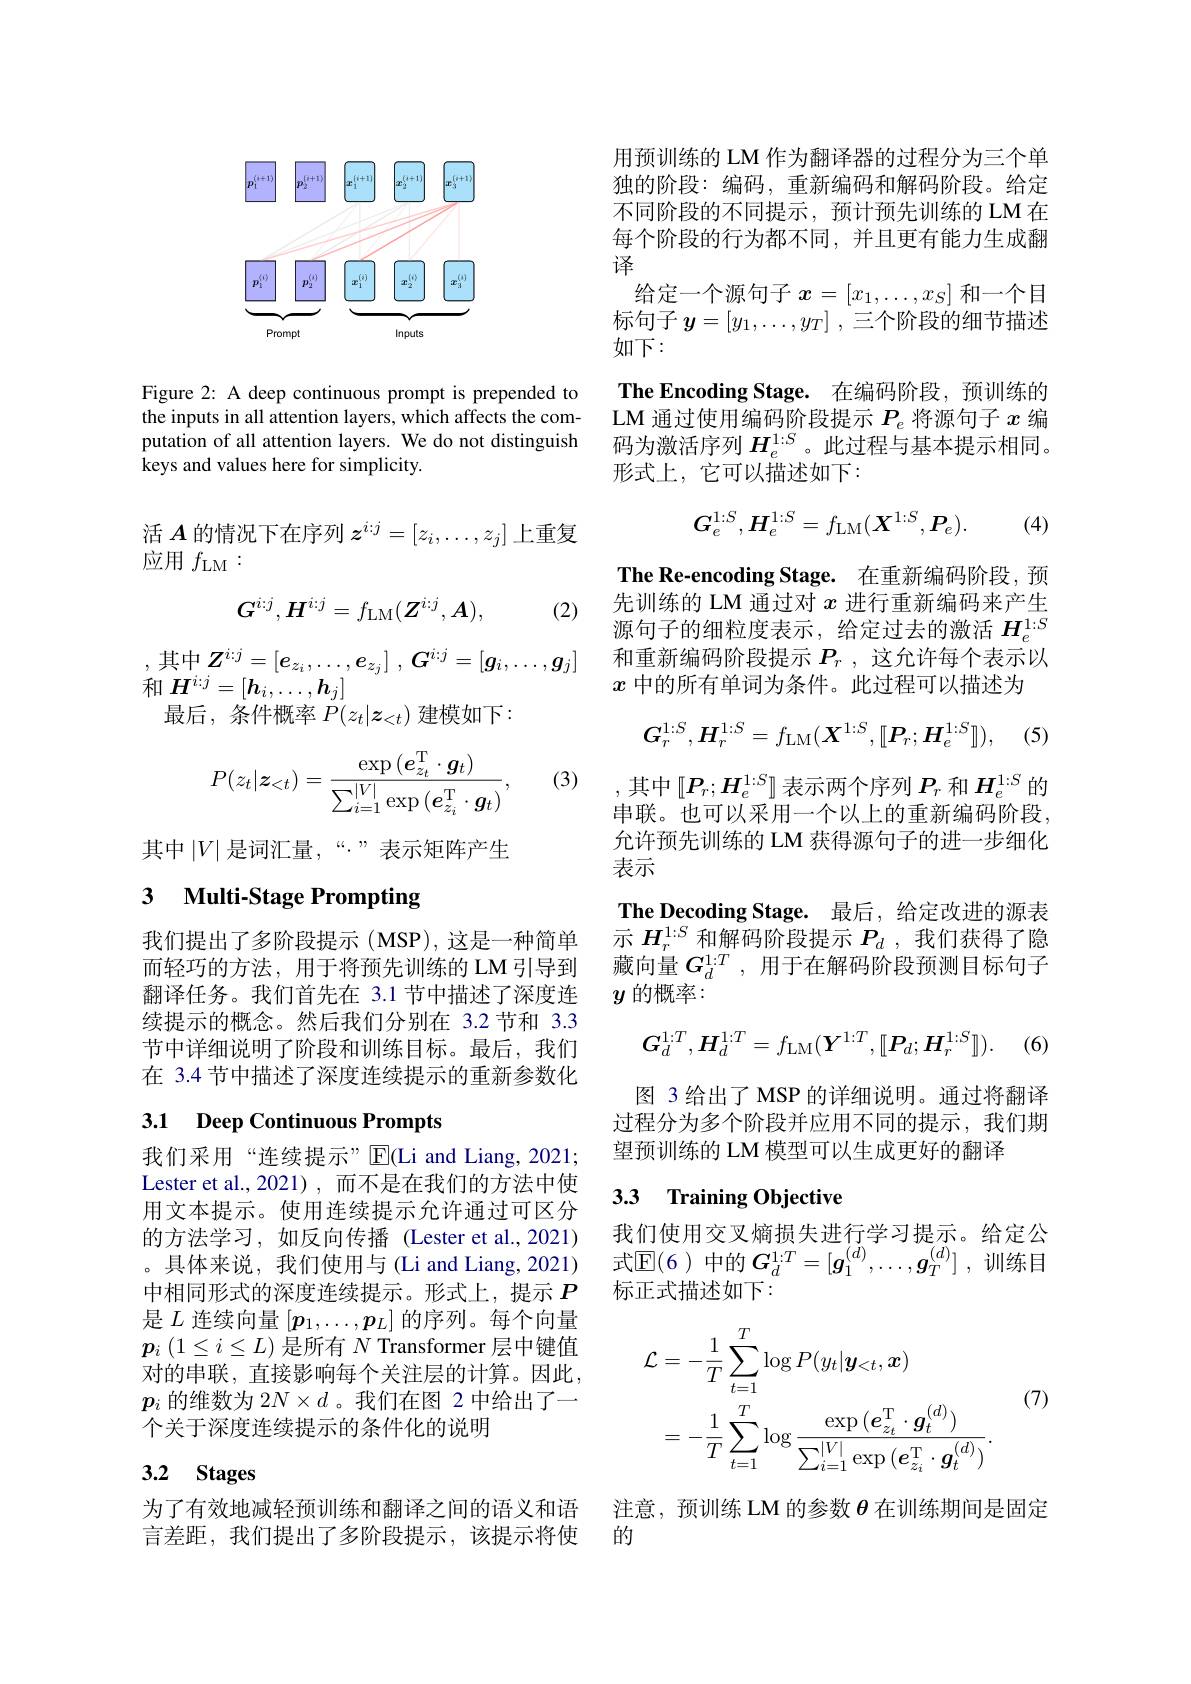
<FigureHere>

Figure 2: A deep continuous prompt is prepended to the inputs in all attention layers, which affects the computation of all attention layers. We do not distinguish keys and values here for simplicity.

活$A$的情况下在序列$z^i:j=[z_i,\ldots,z_j]$上重复
应用$f_\mathrm{LM}:$
$$G^{i:j},H^{i:j}=f_{\mathrm{LM}}(Z^{i:j},A),$$
(2)
$$Z^{i:j}=[e_{z_{i}},\ldots,e_{z_{j}}]\:,\:G^{i:j}=[g_{i},\ldots,g_{j}]$$
和$H^{i:j}=[\boldsymbol{h}_i,\ldots,\boldsymbol{h}_j]$
最后，条件概率$P(z_t|\boldsymbol{z}_{<t})$建模如下：

(3)
$$P(z_t|\boldsymbol{z}_{<t})=\frac{\exp{(\boldsymbol{e}_{z_t}^\mathrm{T}\cdot\boldsymbol{g}_t)}}{\sum_{i=1}^{|V|}\exp{(\boldsymbol{e}_{z_i}^\mathrm{T}\cdot\boldsymbol{g}_t)}},$$
其中$\left|V\right|$是词汇量，“.”表示矩阵产生

## 3 Multi-Stage Prompting

我们提出了多阶段提示(MSP),这是一种简单而轻巧的方法，用于将预先训练的 LM 引导到翻译任务。我们首先在 3.1 节中描述了深度连续提示的概念。然后我们分别在 3.2节和 3.3节中详细说明了阶段和训练目标。最后，我们在 3.4 节中描述了深度连续提示的重新参数化

# 3.1 Deep Continuous Prompts

我们采用“连续提示”E(Li and Liang,2021; Lester et al.,2021),而不是在我们的方法中使用文本提示。使用连续提示允许通过可区分的方法学习，如反向传播 (Lester et al.,2021) 。具体来说，我们使用与(Li and Liang, 2021) 中相同形式的深度连续提示。形式上，提示$P$ 是$L$连续向量$[p_1,\ldots,p_L]$的序列。每个向量$\boldsymbol{p}_i\left(1\leq i\leq L\right)$是所有$N$ Transformer 层中键值对的串联，直接影响每个关注层的计算。因此， $p_i$的维数为 2$N\times d$ 。我们在图 2 中给出了一个关于深度连续提示的条件化的说明

# 3.2 Stages

为了有效地减轻预训练和翻译之间的语义和语言差距，我们提出了多阶段提示，该提示将使

用预训练的 LM 作为翻译器的过程分为三个单独的阶段：编码，重新编码和解码阶段。给定不同阶段的不同提示，预计预先训练的 LM 在每个阶段的行为都不同，并且更有能力生成翻译
给定一个源句子$x=[x_1,\ldots,x_S]$和一个目标句子$y= [ y_1, \ldots , y_T]$ ,三个阶段的细节描述如下：
The Encoding Stage. 在编码阶段，预训练的LM 通过使用编码阶段提示$P_e$将源句子$x$编码为激活序列$H_e^{1:S}$。此过程与基本提示相同。形式上，它可以描述如下：
$$G_e^{1:S},H_e^{1:S}=f_{\mathrm{LM}}(\boldsymbol{X}^{1:S},\boldsymbol{P}_e).$$
(4)

The Re-encoding Stage. 在重新编码阶段，预先训练的 LM 通过对$x$进行重新编码来产生源句子的细粒度表示，给定过去的激活$H_e^{1:S}$ 和重新编码阶段提示$P_r$,这允许每个表示以$x$中的所有单词为条件。此过程可以描述为
$$G_r^{1:S},H_r^{1:S}=f_{\mathrm{LM}}(X^{1:S},[[P_r;H_e^{1:S}]]),$$
,其中$[P_r;H_e^{1:S}]$表示两个序列$P_r$和$H_e^{1:S}$的串联。也可以采用一个以上的重新编码阶段， 允许预先训练的 LM 获得源句子的进一步细化表示

$\textbf{The Decoding Stage. 最 后 , 给 定 改 进 的 源 表 }$ 示$H_r^{1:S}$和解码阶段提示$P_d$ ,我们获得了隐藏向量$G_d^{1:T}$,用于在解码阶段预测目标句子$y$的概率：
$$G_d^{1:T},H_d^{1:T}=f_{\mathrm{LM}}(\boldsymbol{Y}^{1:T},[\boldsymbol{P}_d;\boldsymbol{H}_r^{1:S}]]).$$
图 3 给出了 MSP 的详细说明。通过将翻译过程分为多个阶段并应用不同的提示，我们期望预训练的 LM 模型可以生成更好的翻译

### 3.3 Training Objective

我们使用交叉熵损失进行学习提示。给定公式$\mathbb{E}(6)$ 中的 $\boldsymbol G_d^{1:T}=[\boldsymbol{g}_1^{(d)},\ldots,\boldsymbol{g}_T^{(d)}]$ ,训练目标正式描述如下：
$$\begin{aligned}\mathcal{L}&=-\frac{1}{T}\sum_{t=1}^{T}\log P(y_{t}|\boldsymbol{y}_{<t},\boldsymbol{x})\\&=-\frac{1}{T}\sum_{t=1}^{T}\log\frac{\exp{(\boldsymbol{e}_{z_{t}}^{\mathrm{T}}\cdot\boldsymbol{g}_{t}^{(d)})}}{\sum_{i=1}^{|V|}\exp{(\boldsymbol{e}_{z_{i}}^{\mathrm{T}}\cdot\boldsymbol{g}_{t}^{(d)})}}.\end{aligned}$$
(7)

注意，预训练 LM 的参数$\theta$在训练期间是固定
的